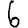
Digit: 6